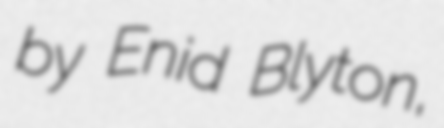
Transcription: by Enid Blyton,